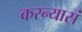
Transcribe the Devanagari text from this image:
करन्यासं